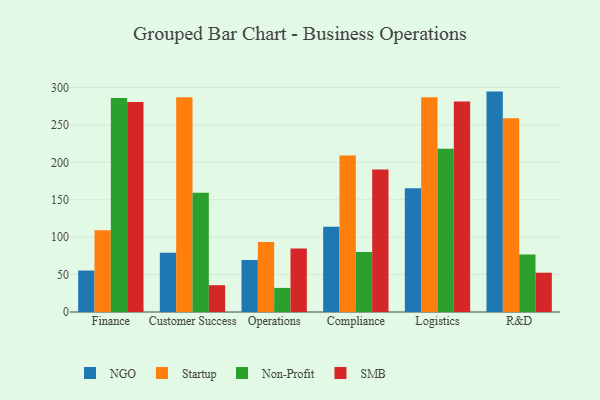
{"axis": {"x": "Department", "y": "Active Users"}, "legend": ["NGO", "Non-Profit", "SMB", "Startup"], "data": [{"x": "Finance", "y": 55.4, "type": "NGO"}, {"x": "Finance", "y": 109.4, "type": "Startup"}, {"x": "Finance", "y": 285.8, "type": "Non-Profit"}, {"x": "Finance", "y": 280.5, "type": "SMB"}, {"x": "Customer Success", "y": 79.3, "type": "NGO"}, {"x": "Customer Success", "y": 287.0, "type": "Startup"}, {"x": "Customer Success", "y": 159.5, "type": "Non-Profit"}, {"x": "Customer Success", "y": 35.8, "type": "SMB"}, {"x": "Operations", "y": 69.5, "type": "NGO"}, {"x": "Operations", "y": 93.6, "type": "Startup"}, {"x": "Operations", "y": 32.2, "type": "Non-Profit"}, {"x": "Operations", "y": 84.8, "type": "SMB"}, {"x": "Compliance", "y": 113.9, "type": "NGO"}, {"x": "Compliance", "y": 209.2, "type": "Startup"}, {"x": "Compliance", "y": 80.2, "type": "Non-Profit"}, {"x": "Compliance", "y": 190.5, "type": "SMB"}, {"x": "Logistics", "y": 165.3, "type": "NGO"}, {"x": "Logistics", "y": 286.8, "type": "Startup"}, {"x": "Logistics", "y": 218.3, "type": "Non-Profit"}, {"x": "Logistics", "y": 281.2, "type": "SMB"}, {"x": "R&D", "y": 294.5, "type": "NGO"}, {"x": "R&D", "y": 258.8, "type": "Startup"}, {"x": "R&D", "y": 76.8, "type": "Non-Profit"}, {"x": "R&D", "y": 52.5, "type": "SMB"}]}